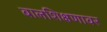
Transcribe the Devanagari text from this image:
बालशिक्षणावर